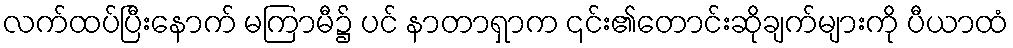
လက်ထပ်ပြီးနောက် မကြာမီ၌ ပင် နာတာရှာက ၎င်း၏တောင်းဆိုချက်များကို ပီယာထံ